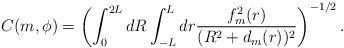
LaTeX: \begin{align*}C(m,{\phi}) =\left(\int_0^{2L} dR \int_{-L}^{L} dr\frac{f_m^2(r)}{(R^2 + d_m(r))^2} \right)^{-1/2}.\end{align*}